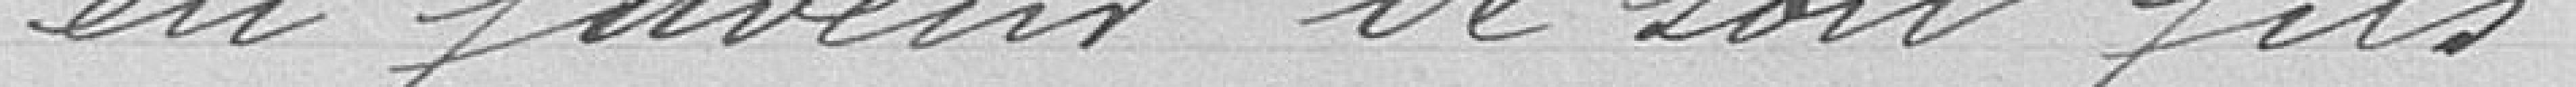
en faveur de son fils